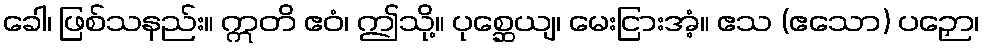
ခေါ၊ ဖြစ်သနည်း။ ဣတိ ဧဝံ၊ ဤသို့။ ပုစ္ဆေယျ၊ မေးငြားအံ့။ ဧသ (ဧသော) ပဉှော၊